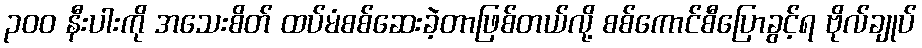
၃၀၀ နီးပါးကို အသေးစိတ် ထပ်မံစစ်ဆေးခဲ့တာဖြစ်တယ်လို့ စစ်ကောင်စီပြောခွင့်ရ ဗိုလ်ချုပ်